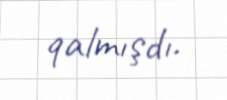
qalmışdı.